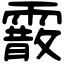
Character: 霰